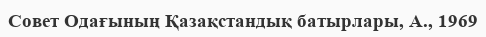
Совет Одағының Қазақстандық батырлары, А., 1969